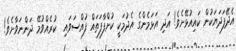
އެދޭފަދަޔަކުން ކައިއުޅޭށެވެ! އަދި އަޅަމެންގެ އެދުމަކީ ކުށްފާފަތައް ފުއްސަވައި  ކުރެއްވުމޭ ދަންނަވާށެވެ!